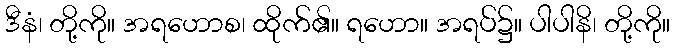
ဒီနံ၊ တို့ကို။ အရဟောစ၊ ထိုက်၏။ ရဟော။ အရပ်၌။ ပါပါနိ၊ တို့ကို။